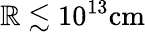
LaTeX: \mathbb{R}\lesssim10^{13}\mathrm{{cm}}